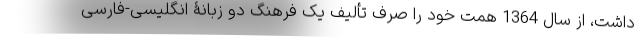
داشت، از سال 1364 همت خود را صرف تألیف یک فرهنگ دو زبانۀ انگلیسی-فارسی